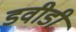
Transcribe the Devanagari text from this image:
डवीडी